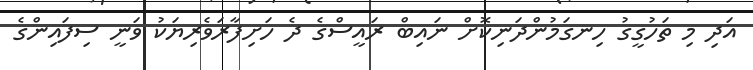
އަދި މި ތަހުގީގު ހިނގަމުންދަނިކޮށް ނައިބް ރައީސްގެ ދެ ހަށިފާރަވެރިޔަކު ވަނީ ސިފައިންގެ